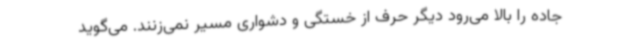
جاده را بالا می‌رود دیگر حرف از خستگی و دشواری مسیر نمی‌زنند. می‌گوید